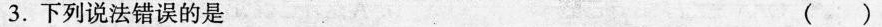
3.下列说法错误的是 ()